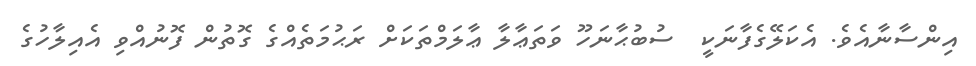
އިންސާނާއެވެ. އެކަލޭގެފާނަކީ  ސުބުޙާނަހޫ ވަތަޢާލާ ޢާލަމްތަކަށް ރަޙުމަތެއްގެ ގޮތުން ފޮނުއްވި އެއިލާހުގެ